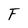
Character: F